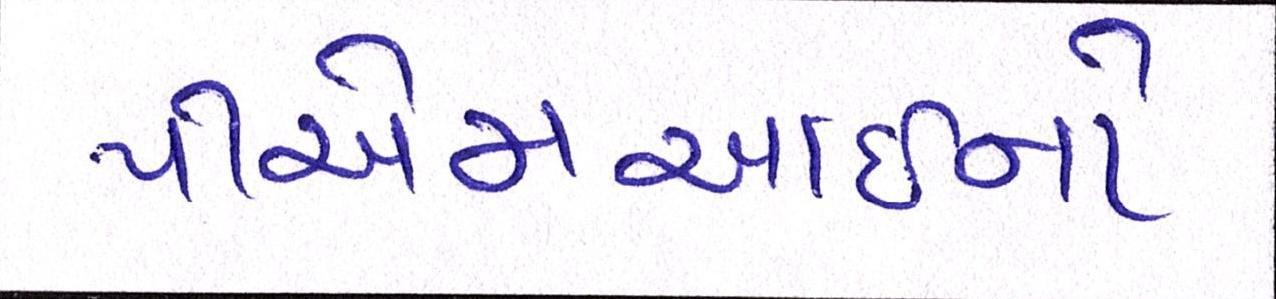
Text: પીએમઆઇનો